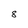
Character: 8